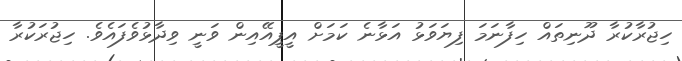
ހިޖުރާކުރާ ދޫނިތައް ހިފާނަމަ ފިޔަވަޅު އަޅާނެ ކަމަށް އީޕީއޭއިން ވަނީ ވިދާޅުވެފައެވެ. ހިޖުރަކުރާ